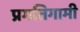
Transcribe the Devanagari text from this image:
प्रगतिगामी